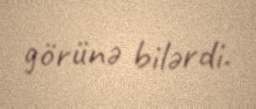
görünə bilərdi.